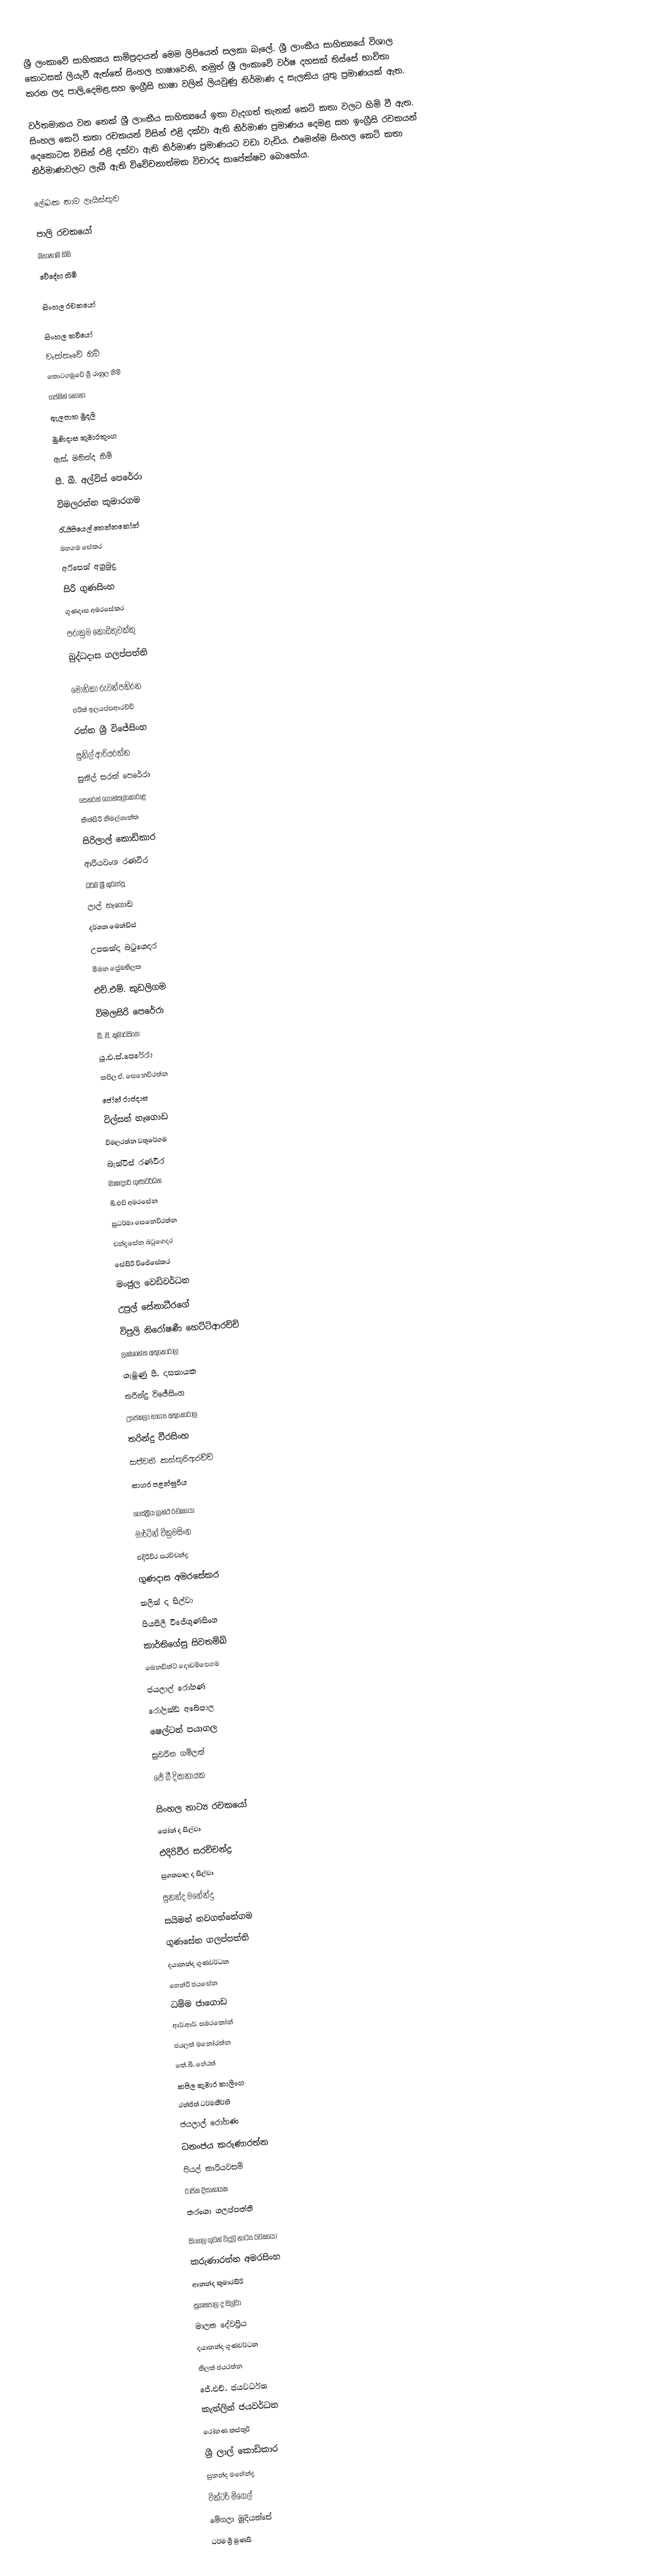
ශ්‍රී ලංකාවේ සාහිත්‍යය සාම්ප්‍රදායන් මෙම ලිපියෙන් සලකා බැලේ. ශ්‍රී ලාංකීය සාහිත්‍යයේ විශාල කොටසක් ලියැවී ඇත්තේ සිංහල භාෂාවෙනි, නමුත් ශ්‍රී ලංකාවේ වර්ෂ දහසක් තිස්සේ භාවිතා කරන ලද පාලි,දෙමළ,සහ ඉංග්‍රීසි භාෂා වලින් ලියවුණු නිර්මාණ ද සැලකිය යුතු ප්‍රමාණයක් ඇත.

වර්තමානය වන තෙක් ශ්‍රී ලාංකීය සාහිත්‍යයේ ඉතා වැදගත් තැනක් කෙටි කතා වලට හිමි වී ඇත. සිංහල කෙටි කතා රචකයන් විසින් එළි දක්වා ඇති නිර්මාණ ප්‍රමාණය දෙමළ සහ ඉංග්‍රීසි රචකයන් දෙකොටස විසින් එළි දක්වා ඇති නිර්මාණ ප්‍රමාණයට වඩා වැඩිය. එමෙන්ම සිංහල කෙටි කතා නිර්මාණවලට ලැබී ඇති විවේචනාත්මක විචාරද සාපේක්ෂව බොහෝය.

ලේඛක නාම ලැයිස්තුව

පාලි රචකයෝ
මහානාම හිමි
වේදේහ හිමි

සිංහල රචකයෝ

සිංහල කවියෝ
වෑත්තෑවේ හිමි
තොටගමුවේ ශ්‍රී රාහුල හිමි
ගජමන් නෝනා
ඇලපාත මුදලි
මුණිදාස කුමාරතුංග
ඇස්. මහින්ද හිමි
පී. බී. අල්විස් පෙරේරා
විමලරත්න කුමාරගම
රැයිපියෙල් තෙන්නකෝන්
මහගම සේකර
අරිසෙන් අහුබුදු
සිරි ගුණසිංහ
ගුණද‍ාස අමරසේකර
පරාක්‍රම කොඩිතුවක්කු
බුද්ධදාස ගලප්පත්ති

මොනිකා රුවන්පතිරන
 එරික් ඉලයප්පආරච්චි
රත්න ශ්‍රී විජේසිංහ
සුනිල් ආරියරත්න
 සුනිල් සරත් පෙරේරා
 සෙනරත් ගොන්සල්කෝරාළ
 කිත්සිරි නිමල්ශාන්ත
 සිරිලාල් කොඩිකාර
ආරියවංශ රණවීර
ධර්ම ශ්‍රී කුරුප්පු
 ලාල් හෑගොඩ
 දර්ශන මෙන්ඩිස්
 උපනන්ද බටුගෙදර
මීමන ප්‍රේමතිලක
එච්.එම්. කුඩලිගම
 විමලසිරි පෙරේරා
ඩී. ඒ. කුමාරසිංහ
 යූ.එ.ස්.පෙරේරා
 කපිල ඒ. සෙනෙවිරත්න
 ජෝන් රාජදාස
 විල්සන් හෑගොඩ
 විමලරත්න වතුරේගම
බැන්ටිස් රණවීර
 මාකඳුරේ ගුණවර්ධන
 බී.එච් අමරසේන
 සුධර්මා සෙනෙවිරත්න
 චන්ද්‍රසේන බටුගෙදර
 සේසිරි විජේසේකර
 මංජුල වෙඩිවර්ධන
 උපුල් සේනාධීරගේ
 විපුලි නිරෝෂණී හෙට්ටිආරච්චි
 ලක්ශාන්ත අතුකෝරාල
 ගැමුණු පී. දසනායක
 තරින්දු විජේසිංහ
 උපේකලා භාග්‍ය අතුකෝරාල
 තරින්දු වීරසිංහ
 සජීවනී කස්තුරිආරච්චි
 සාගර පළන්සූරිය

ශාස්ත්‍රීය ග්‍රන්ථ රචකයෝ
මාර්ටින් වික්‍රමසිංහ
එදිරිවීර සරච්චන්ද්‍ර
ගුණදාස අමරසේකර
නලින් ද සිල්වා
පියසීලී විජේගුණසිංහ
කාර්තිගේසු සිවතම්බි
බෙනඩික්ට් දොඩම්පෙගම
ජයලාල් රෝහණ
රෝලන්ඩ් අබේපාල
ෂෙල්ටන් පයාගල
සුචරිත ගම්ලත්
ජේ බී දිසානායක

සිංහල නාට්‍ය රචකයෝ
ජෝන් ද සිල්වා
එදිරිවීර සරච්චන්ද්‍ර
සුගතපාල ද සිල්වා
සුනන්ද මහේන්ද්‍ර
සයිමන් නවගත්තේගම
ගුණසේන ගලප්පත්ති
දයානන්ද ගුණවර්ධන
හෙන්රි ජයසේන
ධම්ම ජාගොඩ
ආර්.ආර්. සමරකෝන්
ජයලත් මනෝරත්න
කේ.බී. හේරත්
කපිල කුමාර කාලිංග
රන්ජිත් ධර්මකීර්ති
ජයලාල් රෝහණ
ධනංජය කරුණාරත්න
පියල් කාරියවසම්
රාජිත දිසානායක
තරංගා ගලප්පත්ති

සිංහල ගුවන් ව්දුලි නාට්‍ය රචකයෝ
කරුණාරත්න අමරසිංහ
ආනන්ද කුමාරසිරි
සුගතපාල ද සිල්වා
මාලක දේවප්‍රිය
දයානන්ද ගුණවර්ධන
තිලක් ජයරත්න
ජේ.එච්. ජයවර්ධන
කැත්ලින් ජයවර්ධන
රෝහණ කස්තුරි
ශ්‍රී ලාල් කොඩිකාර
සුනන්ද මහේන්ද්‍ර
වික්ටර් මිගෙල්
මේගලා මුදියන්සේ
ධර්ම ශ්‍රී මුණසි